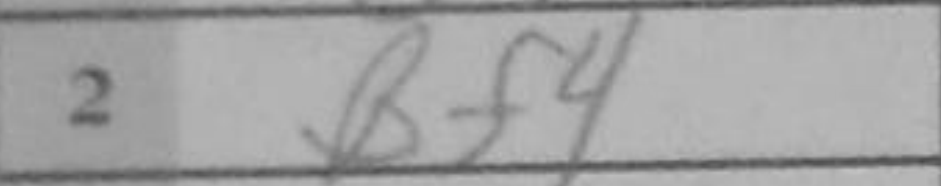
Transcription: Bf4